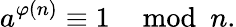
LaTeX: a^{\varphi(n)}\equiv 1\mod n.